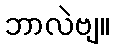
ဘာလဲဗျ။